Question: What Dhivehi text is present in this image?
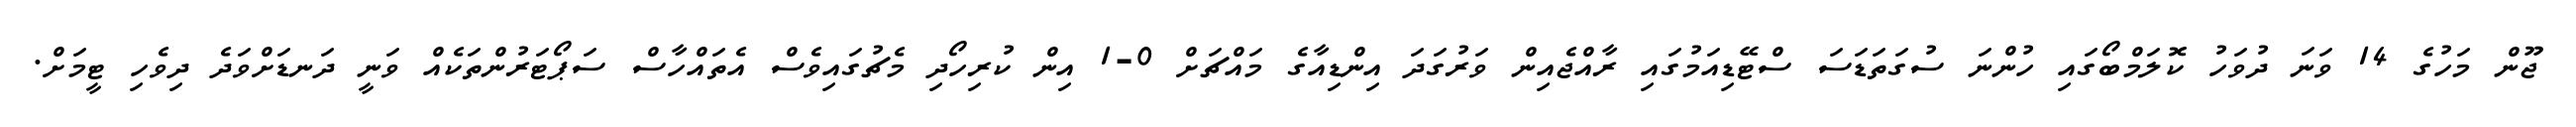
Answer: ޖޫން މަހުގެ 14 ވަނަ ދުވަހު ކޮލަމްބޯގައި ހުންނަ ސުގަތަޑަސަ ސްޓޭޑިއަމުގައި ރާއްޖެއިން ވަރުގަދަ އިންޑިއާގެ މައްޗަށް 0-1 އިން ކުރިހޯދި މެޗުގައިވެސް އެތައްހާސް ސަޕޯޓަރުންތަކެއް ވަނީ ދަނޑަށްވަދެ ދިވެހި ޓީމަށް.